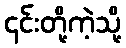
၎င်းတို့ကဲ့သို့